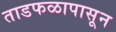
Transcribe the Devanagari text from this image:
ताडफळापासून